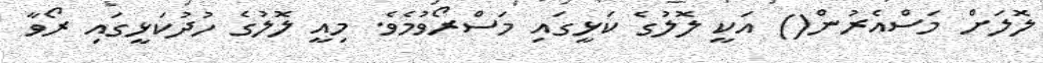
ލޮލަށް މަސްއެރުން() އަކީ ލޮލުގެ ކަޅީގައި މަސްރޯވުމެވެ. މިއީ ލޮލުގެ ހުދުކަޅީގައި ރޯވާ